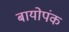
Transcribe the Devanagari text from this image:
बायोपंक